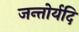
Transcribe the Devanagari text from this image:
जन्तोर्यदि